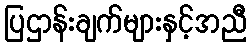
ပြဌာန်းချက်များနှင့်အညီ